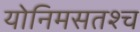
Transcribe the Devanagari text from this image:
योनिमसतश्च